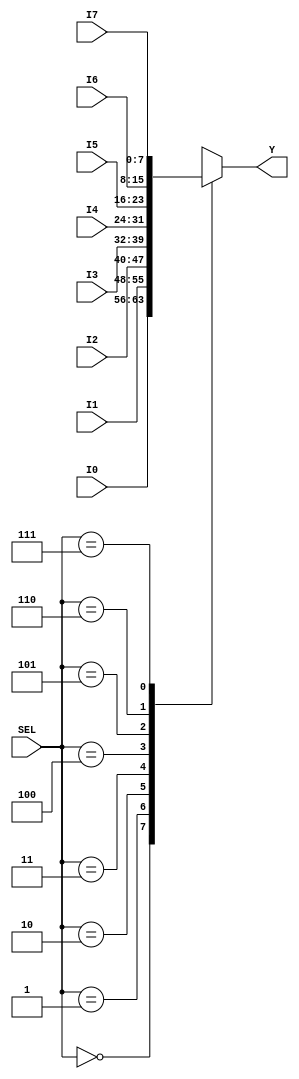
`timescale 1ns/1ns

module mux81 ( SEL, I0, I1, I2, I3, I4, I5, I6, I7, Y );
input [7:0] I0, I1, I2, I3, I4, I5, I6, I7;
input [2:0] SEL;
output [7:0] Y;

reg [7:0] Y;

always @*
	case ( SEL )
		0: Y = I0;
		1: Y = I1;
		2: Y = I2;
		3: Y = I3;
		4: Y = I4;
		5: Y = I5;
		6: Y = I6;
		7: Y = I7;
	endcase

endmodule